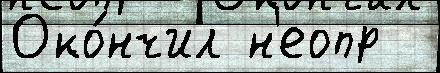
Око́нчил н'еопр